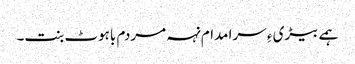
ہمے بیڑی ءِ سرا مدام نہہ مردم باہوٹ بنت۔